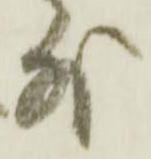
外